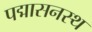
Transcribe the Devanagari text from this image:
पद्मासनस्थ